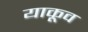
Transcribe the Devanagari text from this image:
याकूव